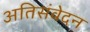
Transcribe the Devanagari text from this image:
अतिसंवेदन